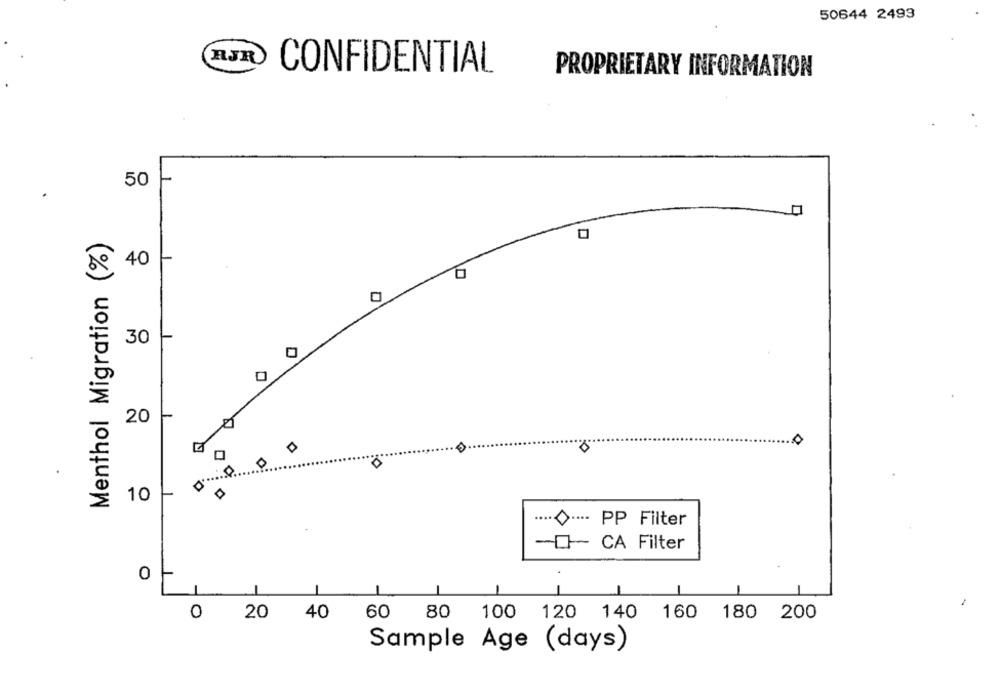
50644 2493
RJR
CONFIDENTIAL
PROPRIETARY INFORMATION
50
Menthol Migration (%)
40
30
20
0
10
.......- PP Filter
-0 CA Filter
0
1
0
20
40
60
80 100 120 140
160 180 200
Sample Age (days)